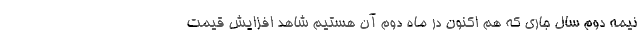
نیمه دوم سال جاری که هم اکنون در ماه دوم آن هستیم شاهد افزایش قیمت